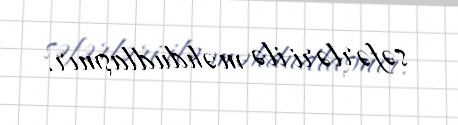
səfərləri ilə məhdudlaşmır.